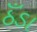
ઠઁડા